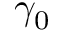
\gamma _ { 0 }